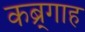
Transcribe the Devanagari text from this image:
कब्र्गाह